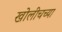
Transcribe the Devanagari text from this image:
खोलीचच्या